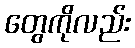
တွေကိုလည်း